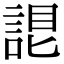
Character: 𧨛